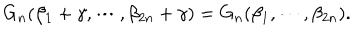
G _ { n } ( \beta _ { 1 } + \gamma , \cdots , \beta _ { 2 n } + \gamma ) = G _ { n } ( \beta _ { 1 } , \cdots , \beta _ { 2 n } ) .